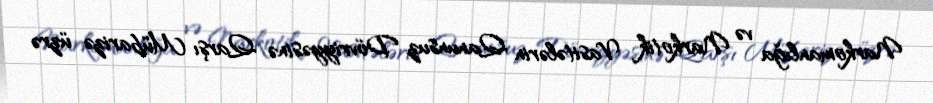
Narkomanlığa və Narkotik Vasitələrin Qanunsuz Dövriyyəsinə Qarşı Mübarizə üzrə